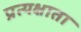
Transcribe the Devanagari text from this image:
प्रत्यक्षाता